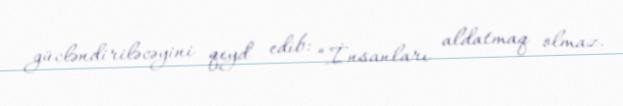
gücləndiriləcəyini qeyd edib: “İnsanları aldatmaq olmaz.